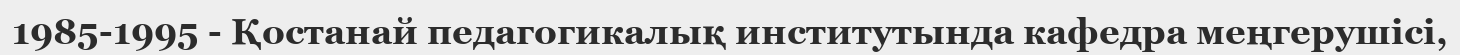
1985-1995 - Қостанай педагогикалық институтында кафедра меңгерушісі,